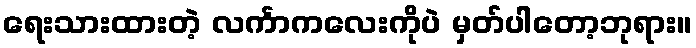
ရေးသားထားတဲ့ လင်္ကာကလေးကိုပဲ မှတ်ပါတော့ဘုရား။